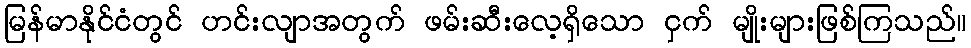
မြန်မာနိုင်ငံတွင် ဟင်းလျာအတွက် ဖမ်းဆီးလေ့ရှိသော ငှက် မျိုးများဖြစ်ကြသည်။